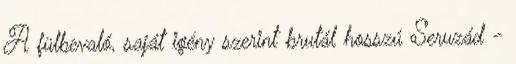
A fülbevaló, saját igény szerint brutál hosszú Seruzád -